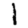
Digit: 1